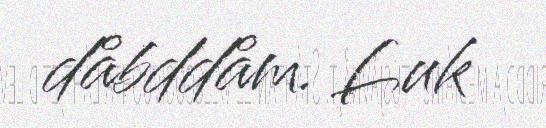
dåbddåm. Luk